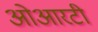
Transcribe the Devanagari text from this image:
ओआरटी